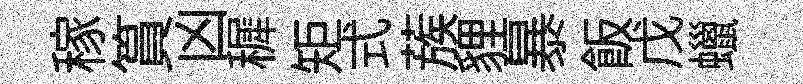
稼篔凶穉矩式蔟貍暴飯戊蠟